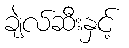
ချဲလ်ဆီးနှင့်